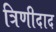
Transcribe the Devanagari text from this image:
त्रिणीदाद